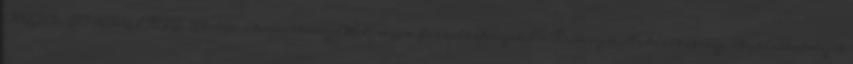
AUTÓ-FORDUL KFT. Térkép, útvonaltervező Web: www.fordalkatreszek.hu Kulcsszó: Autóalkatrész, Autóalkatrészek